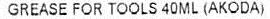
GREASE FOR TOOLS 40ML (AKODA)